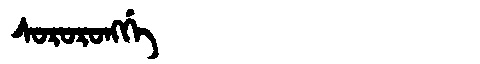
Manchu: ᠰᠣᡵᠣᡵᠣᠩᡤᡝ
Romanization: SORORONGGE